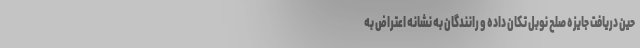
حین دریافت جایزه صلح نوبل تکان داده و رانندگان به نشانه اعتراض به